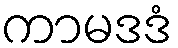
ကာမဒဒံ